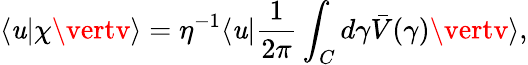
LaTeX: \langle\mathit{u}\vert\chi\vertv\rangle=\eta^{-1}\langle\mathit{u}\vert{\frac{{1}}{{2\pi}}}\int_{C}d\gamma\bar{{V}}(\gamma)\vertv\rangle,